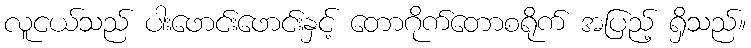
လူငယ်သည် ပါးဖောင်းဖောင်းနှင့် တောဂိုက်တောစရိုက် အပြည့် ရှိသည်။